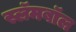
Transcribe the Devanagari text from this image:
स्लॅमबॉल